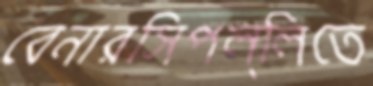
বেনারসিপল্লিতে